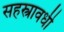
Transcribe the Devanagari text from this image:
सहस्त्रावधी